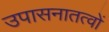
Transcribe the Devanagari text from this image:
उपासनातत्वों